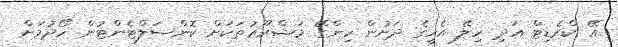
އޭ ކްރެޑިޓް އަދި ހިލޭ އެހީގެ ދަށުން ހިންގޭ މަޝްރޫޢުތަކަށް ކޮންސަލްޓެންޓުން ހޯދުމަށް